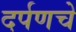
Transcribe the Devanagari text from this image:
दर्पणचे